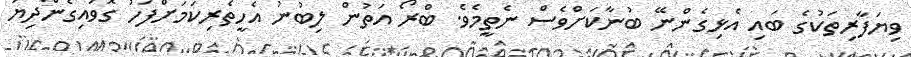
ވިޔަފާރިތަކުގެ ބައި އެޅިގެންނޭ ބުނާކަށްވެސް ނެތީމެވެ. ބްރޯ އަތުން ލިބުނު އެހީތެރިކަމަށްފަހު ގޮވައިގެންދިޔަ